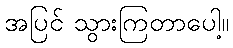
အပြင် သွားကြတာပေါ့။